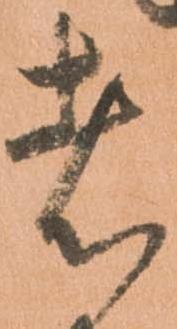
者